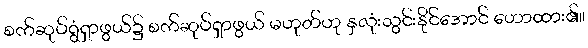
စက်ဆုပ်ရွံရှာဖွယ်၌ စက်ဆုပ်ရှာဖွယ် မဟုတ်ဟု နှလုံးသွင်းနိုင်အောင် ဟောထား၏။